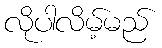
လိုပါလိမ့်မည်